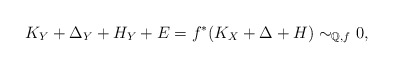
\begin{align*}K_Y+\Delta_Y+H_Y+E=f^*(K_X+\Delta+H)\sim_{\mathbb{Q},f} 0,\end{align*}